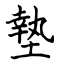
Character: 墊